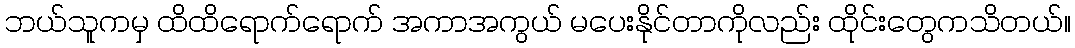
ဘယ်သူကမှ ထိထိရောက်ရောက် အကာအကွယ် မပေးနိုင်တာကိုလည်း ထိုင်းတွေကသိတယ်။